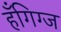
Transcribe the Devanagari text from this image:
हँगिग्ज